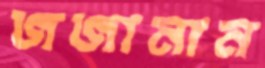
জজামান